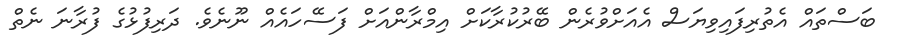
ބަސްތައް އެތުރިފައިވިޔަސް އެއަށްވުރެން ބޭރުކުރާކަށް އިމްރާންއަށް ފަސޭހައެއް ނޫނެވެ. ދަރިފުޅުގެ ފުރާނަ ނެތް